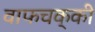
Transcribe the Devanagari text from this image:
वाफचक्की